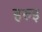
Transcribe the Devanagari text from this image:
हरुइ